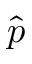
\hat { p }